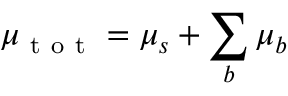
\mu _ { \mathrm { ~ t ~ o ~ t ~ } } = \mu _ { s } + \sum _ { b } \mu _ { b }